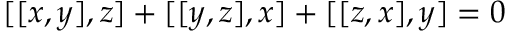
[ [ x , y ] , z ] + [ [ y , z ] , x ] + [ [ z , x ] , y ] = 0